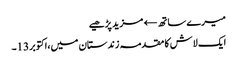
میرے ساتھ← مزید پڑھیے
ایک لاش کا مقدمہ زندستان میں،اکتوبر13۔